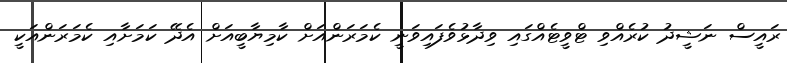
ރައީސް ނަޝީދު ކުރެއްްވި ޓްވީޓެއްގައި ވިދާޅުވެފައިވަނީ ކެމަރަންއަށް ކާމިޔާބީއަށް އެދޭ ކަމަށާއި ކެމަރަންއަކީ